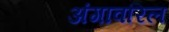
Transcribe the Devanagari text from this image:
अंगावरिल